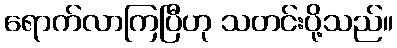
ရောက်လာကြပြီဟု သတင်းပို့သည်။